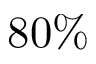
8 0 \%